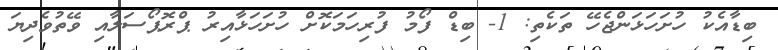
ބިޑާއެކު ހުށަހަޅަންޖެހޭ ތަކެތި: 1- ބިޑް ފޯމު ފުރިހަމަކޮށް ހުށަހަޅާއިރު ޕްރޮޕޯސަލާއި ވޭތުވެދިޔަ